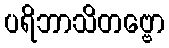
ပရိဘာသိတဗ္ဗော